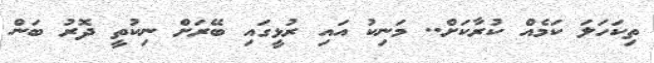
ތިކަހަލަ ކަމެއް ކުރާކަށް.. މަނިކު އައި ރުޅީގައި ބޭރަށް ނިކުތީ ދޮރު ބަން